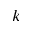
k